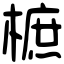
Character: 樜